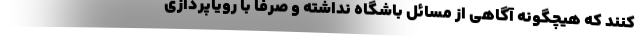
کنند که هیچگونه آگاهی از مسائل باشگاه نداشته و صرفا با رویاپردازی